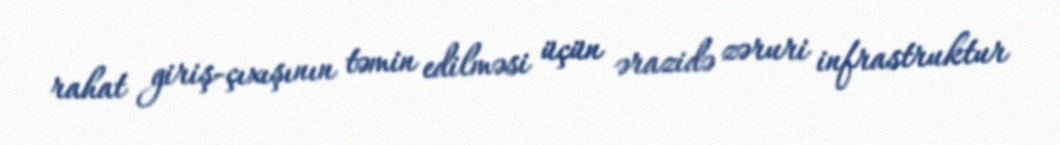
rahat giriş-çıxışının təmin edilməsi üçün ərazidə zəruri infrastruktur